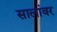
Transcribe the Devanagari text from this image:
सालांवर